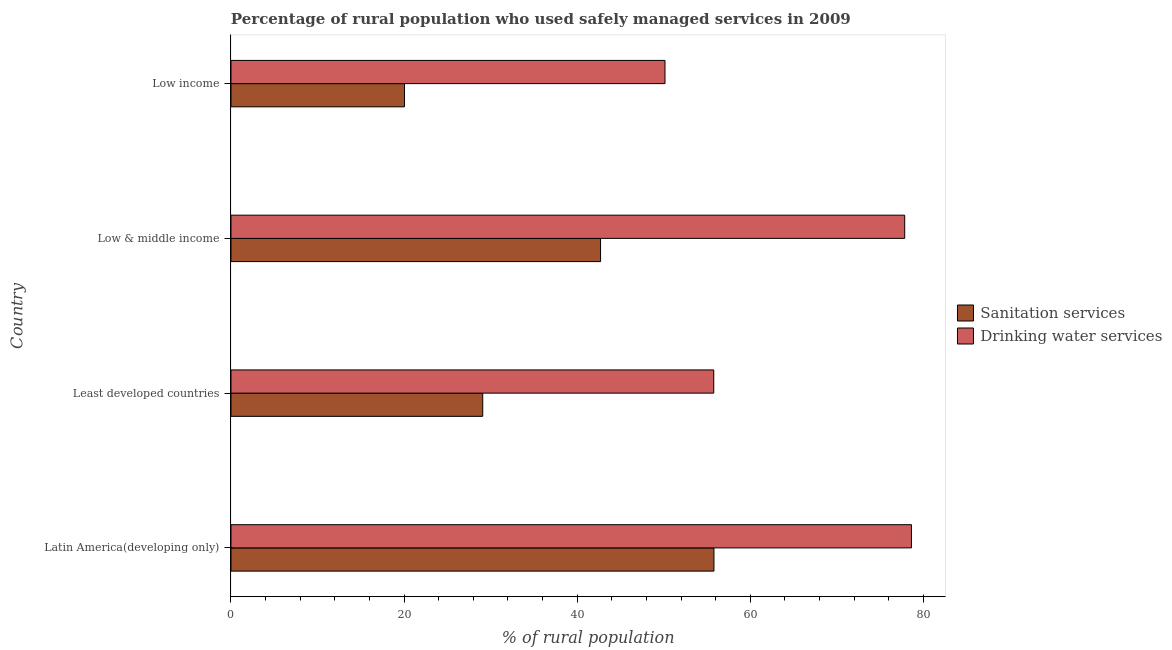
| Country | Sanitation services | Drinking water services |
 | --- | --- | --- |
 | Latin America(developing only) | 55.8 | 78.6 |
 | Least developed countries | 29.1 | 55.8 |
 | Low & middle income | 42.7 | 77.8 |
 | Low income | 20 | 50.1 |